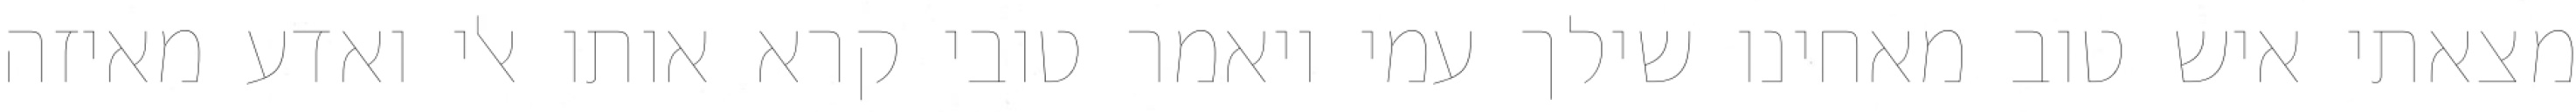
מצאתי איש טוב מאחינו שילך עמי ויאמר טובי קרא אותו אלי ואדע מאיזה